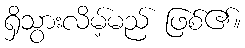
ရှိသွားလိမ့်မည် ဖြစ်၏။